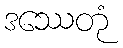
ဒဿေတုံ